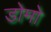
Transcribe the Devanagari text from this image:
डोमो